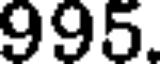
995.